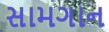
સામગાન